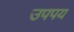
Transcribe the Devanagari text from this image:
उपपय